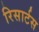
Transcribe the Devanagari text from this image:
रिसार्टस